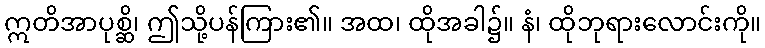
ဣတိအာပုစ္ဆိ၊ ဤသို့ပန်ကြား၏။ အထ၊ ထိုအခါ၌။ နံ၊ ထိုဘုရားလောင်းကို။